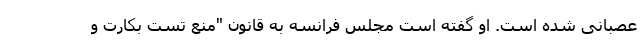
عصبانی شده است. او گفته است مجلس فرانسه به قانون "منع تست بکارت و